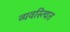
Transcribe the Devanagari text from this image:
व्यवस्त्थित